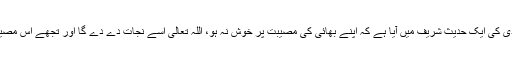
پھر فتنہ پھیلے گا، ترمذی کی ایک حدیث شریف میں آیا ہے کہ اپنے بھائی کی مصیبت پر خوش نہ ہو، اللہ تعالیٰ اسے نجات دے دے گا اور تجھے اس مصیبت میں مبتلا کردے گا۔